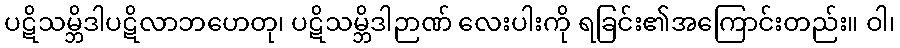
ပဋိသမ္ဘိဒါပဋိလာဘဟေတု၊ ပဋိသမ္ဘိဒါဉာဏ် လေးပါးကို ရခြင်း၏အကြောင်းတည်း။ ဝါ၊